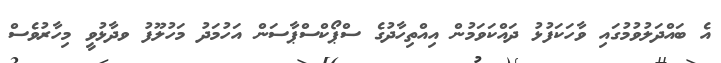
އެ ބައްދަލުވުމުގައި ވާހަކަފުޅު ދައްކަވަމުން އިއްތިހާދުގެ ސްޕޯކްސްޕާސަން އަހުމަދު މަހުލޫފު ވދާޅުވީ މިހާރުވެސް